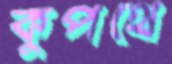
কুপথে